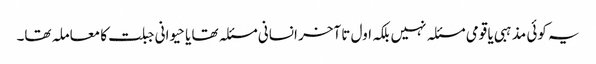
یہ کوئی مذہبی یا قومی مسئلہ نہیں بلکہ اول تا آخر انسانی مسئلہ تھا یا حیوانی جبلت کا معاملہ تھا۔